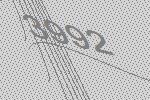
3992